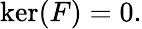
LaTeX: \ker(F)=0.